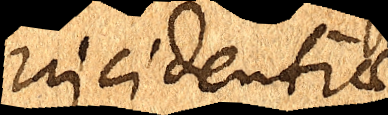
incidentiae